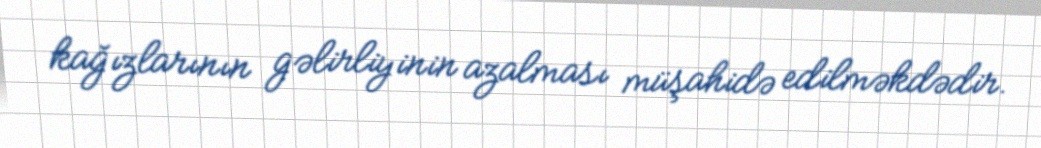
kağızlarının gəlirliyinin azalması müşahidə edilməkdədir.